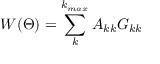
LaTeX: W ( \Theta ) = \sum _ { k } ^ { k _ { m a x } } A _ { k k } G _ { k k }